Rangoon Lunatic Asylum 1893-1897 - 1893-1897
Year: 1893
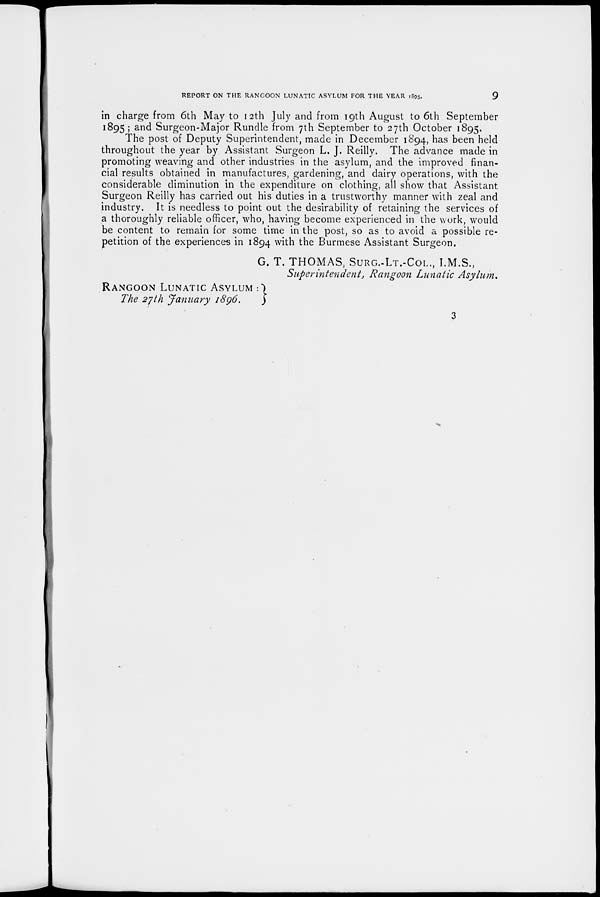
REPORT ON THE RANGOON LUNATIC ASYLUM FOR THE YEAR 1895.
9
in charge from 6th May to 12th July and from 19th August to 6th September
1895 ; and Surgeon-Major Rundle from 7th September to 27th October 1895.
The post of Deputy Superintendent, made in December 1894, has been held
throughout the year by Assistant Surgeon L. J. Reilly. The advance made in
promoting weaving and other industries in the asylum, and the improved finan-
cial results obtained in manufactures, gardening, and dairy operations, with the
considerable diminution in the expenditure on clothing, all show that Assistant
Surgeon Reilly has carried out his duties in a trustworthy manner with zeal and
industry. It is needless to point out the desirability of retaining the services of
a thoroughly reliable officer, who, having become experienced in the work, would
be content to remain for some time in the post, so as to avoid a possible re-
petition of the experiences in 1894 with the Burmese Assistant Surgeon.
G. T. THOMAS, SURG.-LT.-COL., I.M.S.,
Superintendent, Rangoon Lunatic
Asylum.
RANGOON LUNATIC ASYLUM :
The 27th January 1896.
3